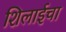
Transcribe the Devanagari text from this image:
शिलाईचा